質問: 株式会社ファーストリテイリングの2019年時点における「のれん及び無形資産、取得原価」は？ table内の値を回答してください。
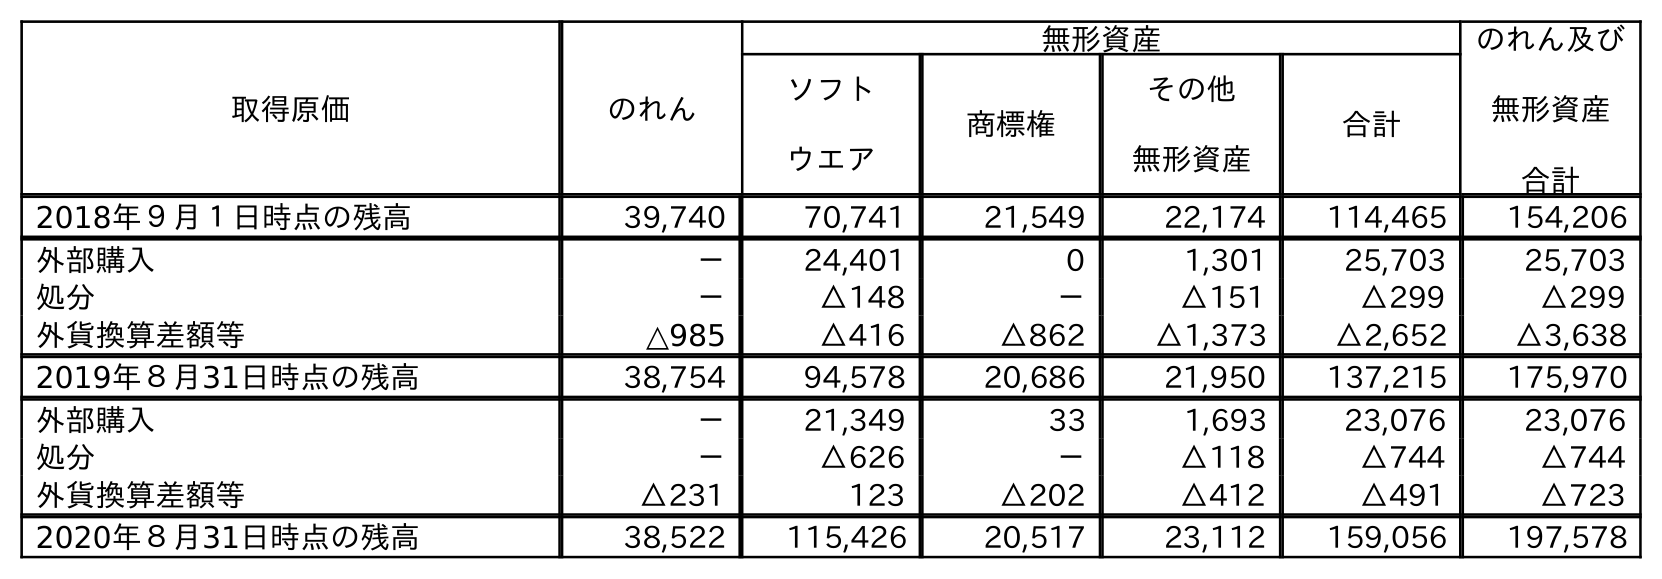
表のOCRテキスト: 取得原価 のれん 無形資産 のれん及び 無形資産 合計 ソフト ウエア 商標権 その他 無形資産 合計 2018年９月１日時点の残高 39,740 70,741 21,549 22,174 114,465 154,206 外部購入 － 24,401 0 1,301 25,703 25,703 処分 － △148 － △151 △299 △299 外貨換算差額等 △985 △416 △862 △1,373 △2,652 △3,638 2019年８月31日時点の残高 38,754 94,578 20,686 21,950 137,215 175,970 外部購入 － 21,349 33 1,693 23,076 23,076 処分 － △626 － △118 △744 △744 外貨換算差額等 △231 123 △202 △412 △491 △723 2020年８月31日時点の残高 38,522 115,426 20,517 23,112 159,056 197,578
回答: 175,970